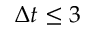
\Delta t \leq 3